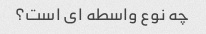
چه نوع واسطه ای است؟